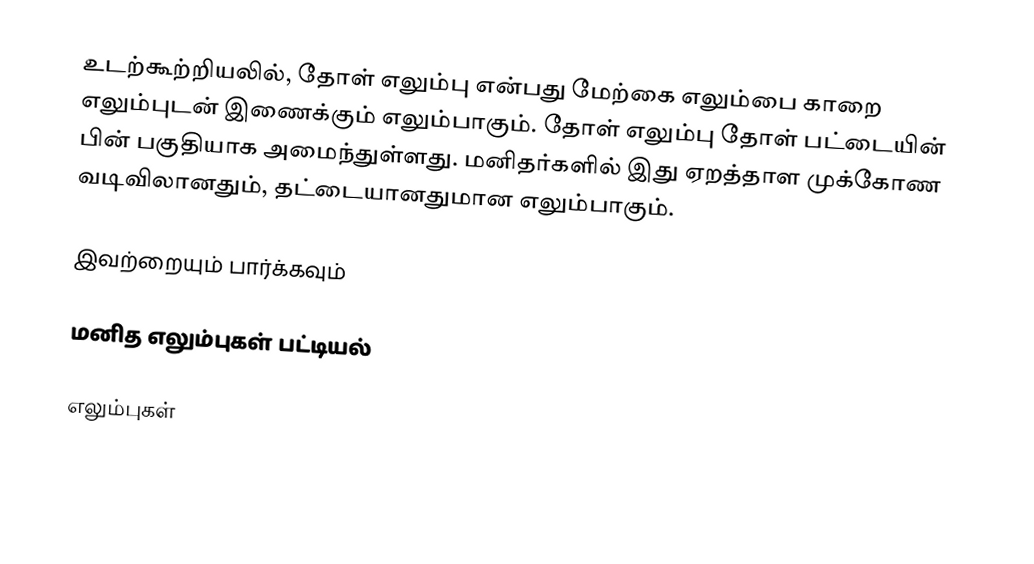
உடற்கூற்றியலில், தோள் எலும்பு என்பது மேற்கை எலும்பை காறை எலும்புடன் இணைக்கும் எலும்பாகும். தோள் எலும்பு தோள் பட்டையின் பின் பகுதியாக அமைந்துள்ளது. மனிதர்களில் இது ஏறத்தாள முக்கோண வடிவிலானதும், தட்டையானதுமான எலும்பாகும்.

இவற்றையும் பார்க்கவும்

 மனித எலும்புகள் பட்டியல்

எலும்புகள்